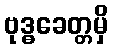
ဗုဒ္ဓခေတ္တမှိ